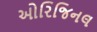
ઓરિજિનલ